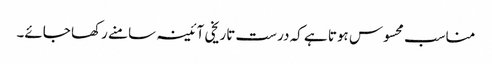
مناسب محسوس ہوتا ہے کہ درست تاریخی آئینہ سامنے رکھا جائے۔